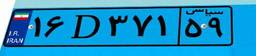
۱۶D۳۷۱۵۹